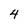
Character: 4